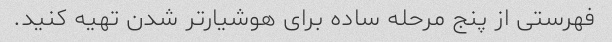
فهرستی از پنج مرحله ساده برای هوشیارتر شدن تهیه کنید.